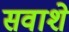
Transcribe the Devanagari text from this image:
सवाशे